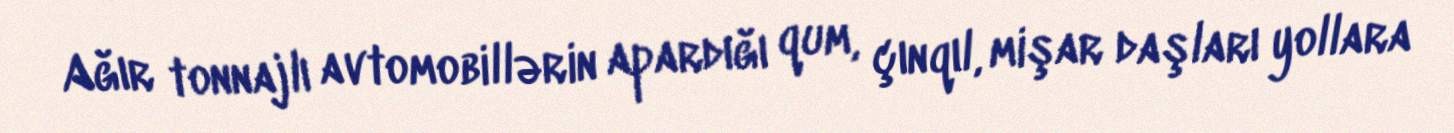
Ağır tonnajlı avtomobillərin apardığı qum, çınqıl, mişar daşları yollara